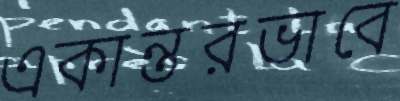
একান্তরভাবে